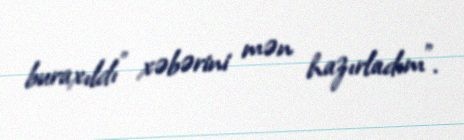
buraxıldı” xəbərini mən hazırladım”.